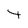
Character: t